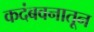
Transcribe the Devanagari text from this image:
कदंबवनातून